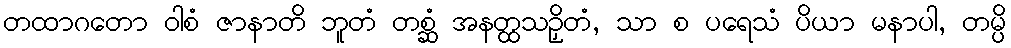
တထာဂတော ဝါစံ ဇာနာတိ ဘူတံ တစ္ဆံ အနတ္ထသဉှိတံ, သာ စ ပရေသံ ပိယာ မနာပါ, တမ္ပိ